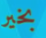
بخير